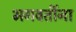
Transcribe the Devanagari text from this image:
भगवतींना